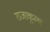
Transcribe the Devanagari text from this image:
राजाकुला